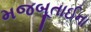
મજબૂતાઈના